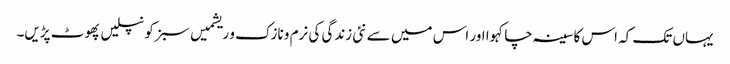
یہاں تک کہ اس کا سینہ چاکہوا اور اس میں سے نئی زندگی کی نرم و نازک و ریشمیں سبز کونپلیں پھوٹ پڑیں۔